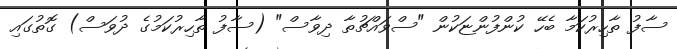
ސާފު ތާހިރުކަމާ ބެހޭ ކުންފުންޏަކުން "ސްވައްޗުތާ ދިވާސް" (ސާފު ތާހިރުކަމުގެ ދުވަސް) ގޮތުގައި